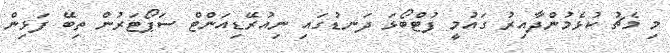
މި މެޗު ކުޅެމުންދާއިރު ގައުމީ ފުޓްބޯޅަ ދަނޑުގައި ނިއުރޭޑިއަންޓް ސަޕޯޓަރުން ތިބޭ ފަޅިން